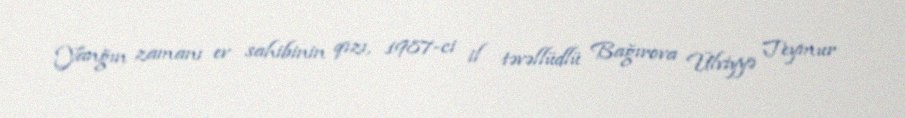
Yanğın zamanı ev sahibinin qızı, 1987-ci il təvəllüdlü Bağırova Ülviyyə Teymur